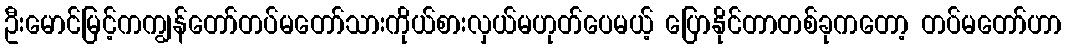
ဦးမောင်မြင့်ကကျွန်တော်တပ်မတော်သားကိုယ်စားလှယ်မဟုတ်ပေမယ့် ပြောနိုင်တာတစ်ခုကတော့ တပ်မတော်ဟာ